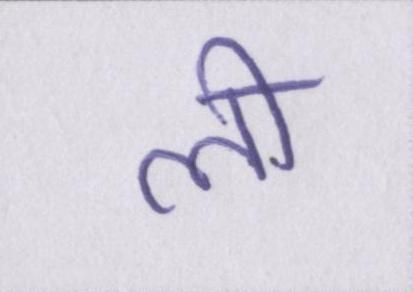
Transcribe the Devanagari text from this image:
ली